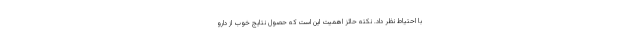
با احتیاط نظر داد. نکته حائز اهمیت این است که حصول نتایج خوب از دارو